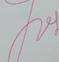
Signature authenticity: genuine